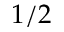
1 / 2